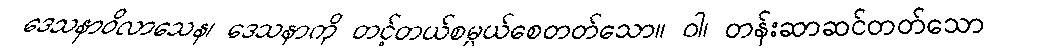
ဒေသနာဝိလာသေန၊ ဒေသနာကို တင့်တယ်စမ္ပယ်စေတတ်သော။ ဝါ၊ တန်းဆာဆင်တတ်သော